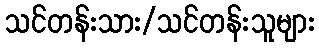
သင်တန်းသား/သင်တန်းသူများ